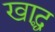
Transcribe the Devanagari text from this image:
खाद्ध